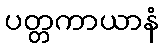
ပတ္တကာယာနံ